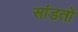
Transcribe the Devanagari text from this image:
सांडतो